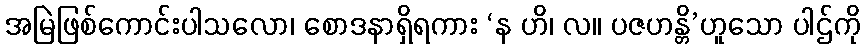
အမြဲဖြစ်ကောင်းပါသလော၊ စောဒနာရှိရကား ‘န ဟိ၊ လ။ ပဇဟန္တိ’ဟူသော ပါဌ်ကို